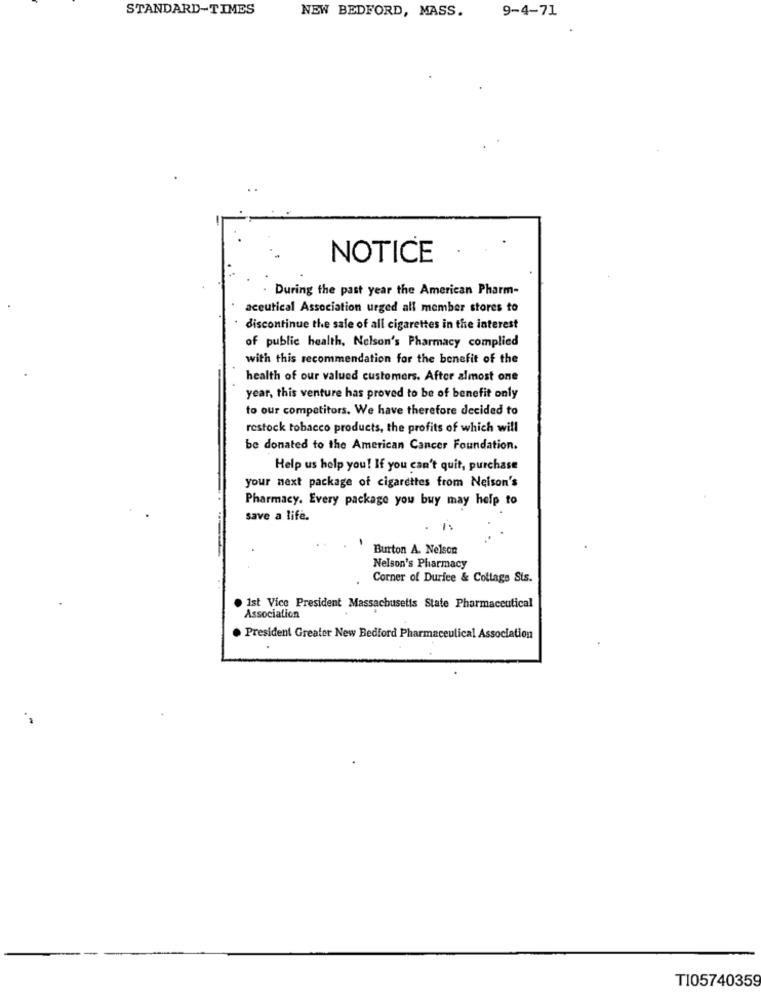
STANDARD-TIMES
NEW BEDFORD, MASS.
9-4-71
NOTICE
During the past year the American Pharm-
aceutical Association urged all member stores to
discontinue the sale of all cigarettes in the interest
of public health, Nelson's Pharmacy complied
with this recommendation for the benefit of the
health of our valued customers. After almost one
year, this venture has proved to be of benefit only
to our competitors. We have therefore decided to
restock tobacco products, the profits of which will
be donated to the American Cancer Foundation.
Help us help you! If you can't quit, purchase
your next package of cigarettes from Nelson's
Pharmacy. Every package you buy may help to
save a life.
Burton A. Nelson
Nelson's Pharmacy
Corner of Durice & Coltags Sts.
Ist Vice President Massachusetts State Pharmaceutical
Association
President Greater New Bedford Pharmaceutical Association
T105740359